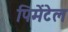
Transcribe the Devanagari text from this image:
पिमेंटेल